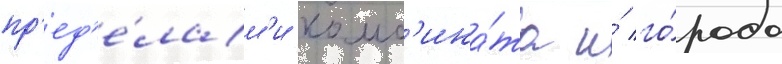
пр'ед'е́лам'и комб'ина́та и́ го́рода